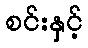
စင်းနှင့်